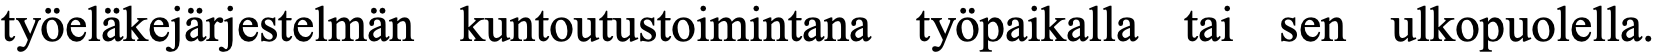
työeläkejärjestelmän kuntoutustoimintana työpaikalla tai sen ulkopuolella.